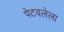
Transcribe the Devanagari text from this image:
पेटवलेला